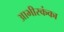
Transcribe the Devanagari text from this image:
आभीरकंका